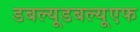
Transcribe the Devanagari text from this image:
डबल्यूडबल्यूएफ